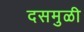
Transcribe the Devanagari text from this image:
दसमुळी